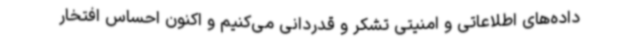
داده‌های اطلاعاتی و امنیتی تشکر و قدردانی می‌کنیم و اکنون احساس افتخار